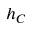
h _ { C }